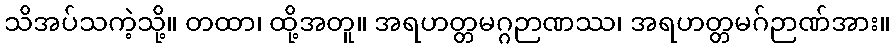
သိအပ်သကဲ့သို့။ တထာ၊ ထို့အတူ။ အရဟတ္တမဂ္ဂဉာဏဿ၊ အရဟတ္တမဂ်ဉာဏ်အား။